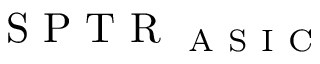
\mathrm { ~ S ~ P ~ T ~ R ~ } _ { \mathrm { ~ A ~ S ~ I ~ C ~ } }